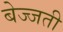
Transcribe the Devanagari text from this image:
बेज्जती